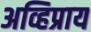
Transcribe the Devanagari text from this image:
अव्हिप्राय